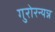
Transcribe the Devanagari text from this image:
गुरोरन्यन्न